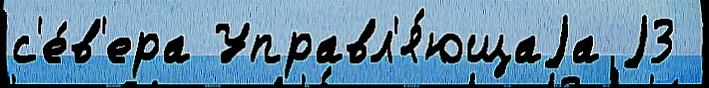
с'е́в'ера Управл'я́ющаjа j3